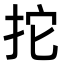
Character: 拕